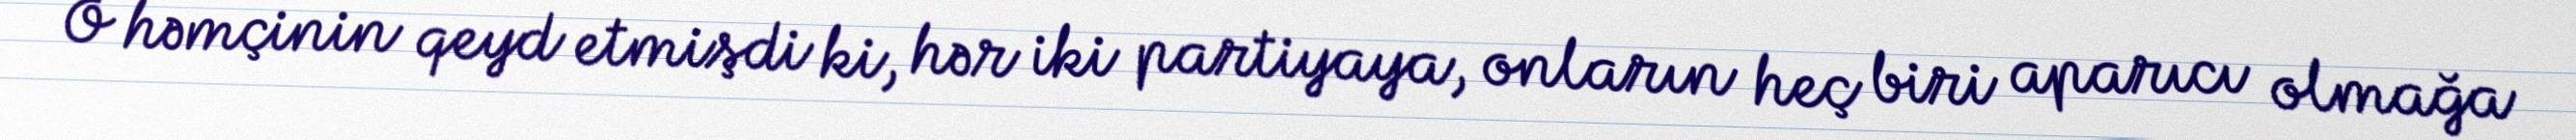
O həmçinin qeyd etmişdi ki, hər iki partiyaya, onların heç biri aparıcı olmağa